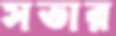
সভার